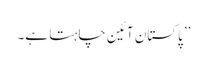
’’پاکستان آئین چاہتا ہے۔